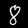
Digit: 8